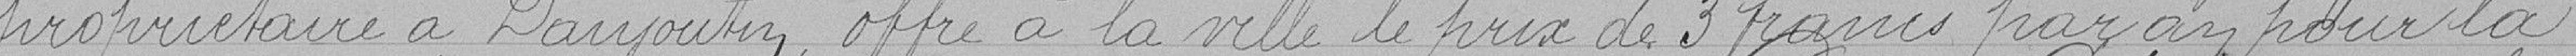
propriétaire à Danjoutin, offre à la ville le prix  de trois Francs par an pour la